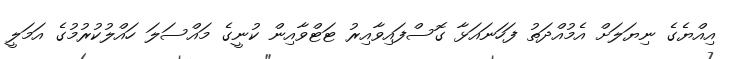
އިއްޔެގެ ނިޔަލަށް އެމުއްދަތު ފަހަނައަޅާ ގޮސްފައިވާއިރު ޓަޓްވާއިން ކުނީގެ މައްސަލަ ހައްލުކުރުމުގެ އަމަލީ